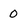
Character: 0